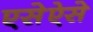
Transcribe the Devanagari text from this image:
एसेऐसे